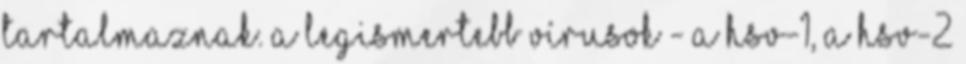
tartalmaznak. A legismertebb vírusok - a HSV-1, a HSV-2